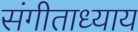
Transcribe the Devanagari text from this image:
संगीताध्याय